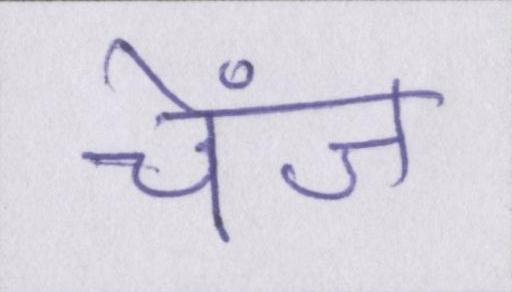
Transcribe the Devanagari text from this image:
चेंज